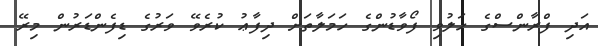
އަދި ފްރާންސްގެ ހަލުވި ފޯވާޑުންގެ ހަމަލާތަށް ދިފާޢު ކުރެވޭ ވަރުގެ ޑިފެންޑަރުން މިރޭ